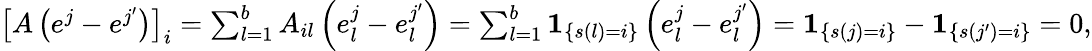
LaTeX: \begin{array}{r}{\left[A\left(e^{j}-e^{j^{\prime}}\right)\right]_{i}=\sum_{l=1}^{b}A_{il}\left(e_{l}^{j}-e_{l}^{j^{\prime}}\right)=\sum_{l=1}^{b}\mathbf{1}_{\left\{ s(l)=i\right\} }\left(e_{l}^{j}-e_{l}^{j^{\prime}}\right)=\mathbf{1}_{\left\{ s(j)=i\right\} }-\mathbf{1}_{\left\{ s(j^{\prime})=i\right\} }=0,}\end{array}